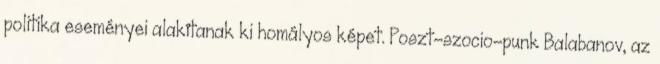
politika eseményei alakítanak ki homályos képet. Poszt-szocio-punk Balabanov, az